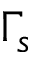
\Gamma _ { s }